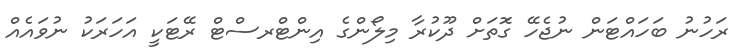
ރަހުނު ބަހައްޓަން ނުޖެހޭ ގޮަތަށް ދޫކުރާ މިލޯންގެ އިންޓްރސްޓް ރޭޓަކީ އަހަރަކު ނުވައެއް